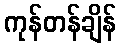
ကုန်တန်ချိန်